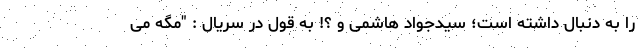
را به دنبال داشته است؛ سیدجواد هاشمی و ؟! به قول در سریال : "مگه می